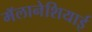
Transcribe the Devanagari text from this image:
मॅलानेशियाई